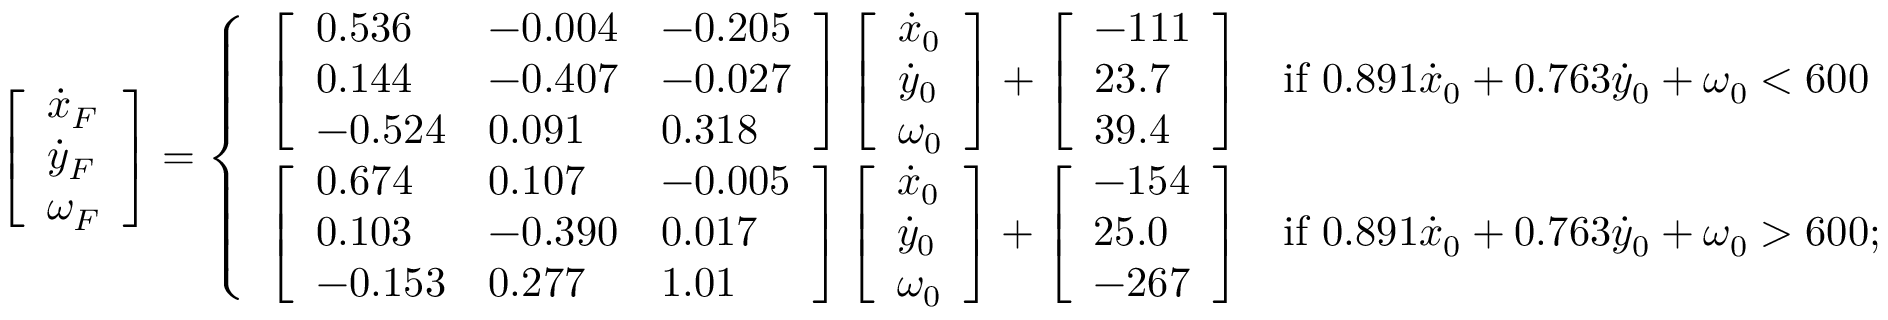
\left[ \begin{array} { l } { \dot { x } _ { F } } \\ { \dot { y } _ { F } } \\ { \omega _ { F } } \end{array} \right] = \left\{ \begin{array} { l l } { \left[ \begin{array} { l l l } { 0 . 5 3 6 } & { - 0 . 0 0 4 } & { - 0 . 2 0 5 } \\ { 0 . 1 4 4 } & { - 0 . 4 0 7 } & { - 0 . 0 2 7 } \\ { - 0 . 5 2 4 } & { 0 . 0 9 1 } & { 0 . 3 1 8 } \end{array} \right] \left[ \begin{array} { l } { \dot { x } _ { 0 } } \\ { \dot { y } _ { 0 } } \\ { \omega _ { 0 } } \end{array} \right] + \left[ \begin{array} { l } { - 1 1 1 } \\ { 2 3 . 7 } \\ { 3 9 . 4 } \end{array} \right] } & { \mathrm { i f ~ } 0 . 8 9 1 \dot { x } _ { 0 } + 0 . 7 6 3 \dot { y } _ { 0 } + \omega _ { 0 } < 6 0 0 } \\ { \left[ \begin{array} { l l l } { 0 . 6 7 4 } & { 0 . 1 0 7 } & { - 0 . 0 0 5 } \\ { 0 . 1 0 3 } & { - 0 . 3 9 0 } & { 0 . 0 1 7 } \\ { - 0 . 1 5 3 } & { 0 . 2 7 7 } & { 1 . 0 1 } \end{array} \right] \left[ \begin{array} { l } { \dot { x } _ { 0 } } \\ { \dot { y } _ { 0 } } \\ { \omega _ { 0 } } \end{array} \right] + \left[ \begin{array} { l } { - 1 5 4 } \\ { 2 5 . 0 } \\ { - 2 6 7 } \end{array} \right] } & { \mathrm { i f ~ } 0 . 8 9 1 \dot { x } _ { 0 } + 0 . 7 6 3 \dot { y } _ { 0 } + \omega _ { 0 } > 6 0 0 ; } \end{array} \right.